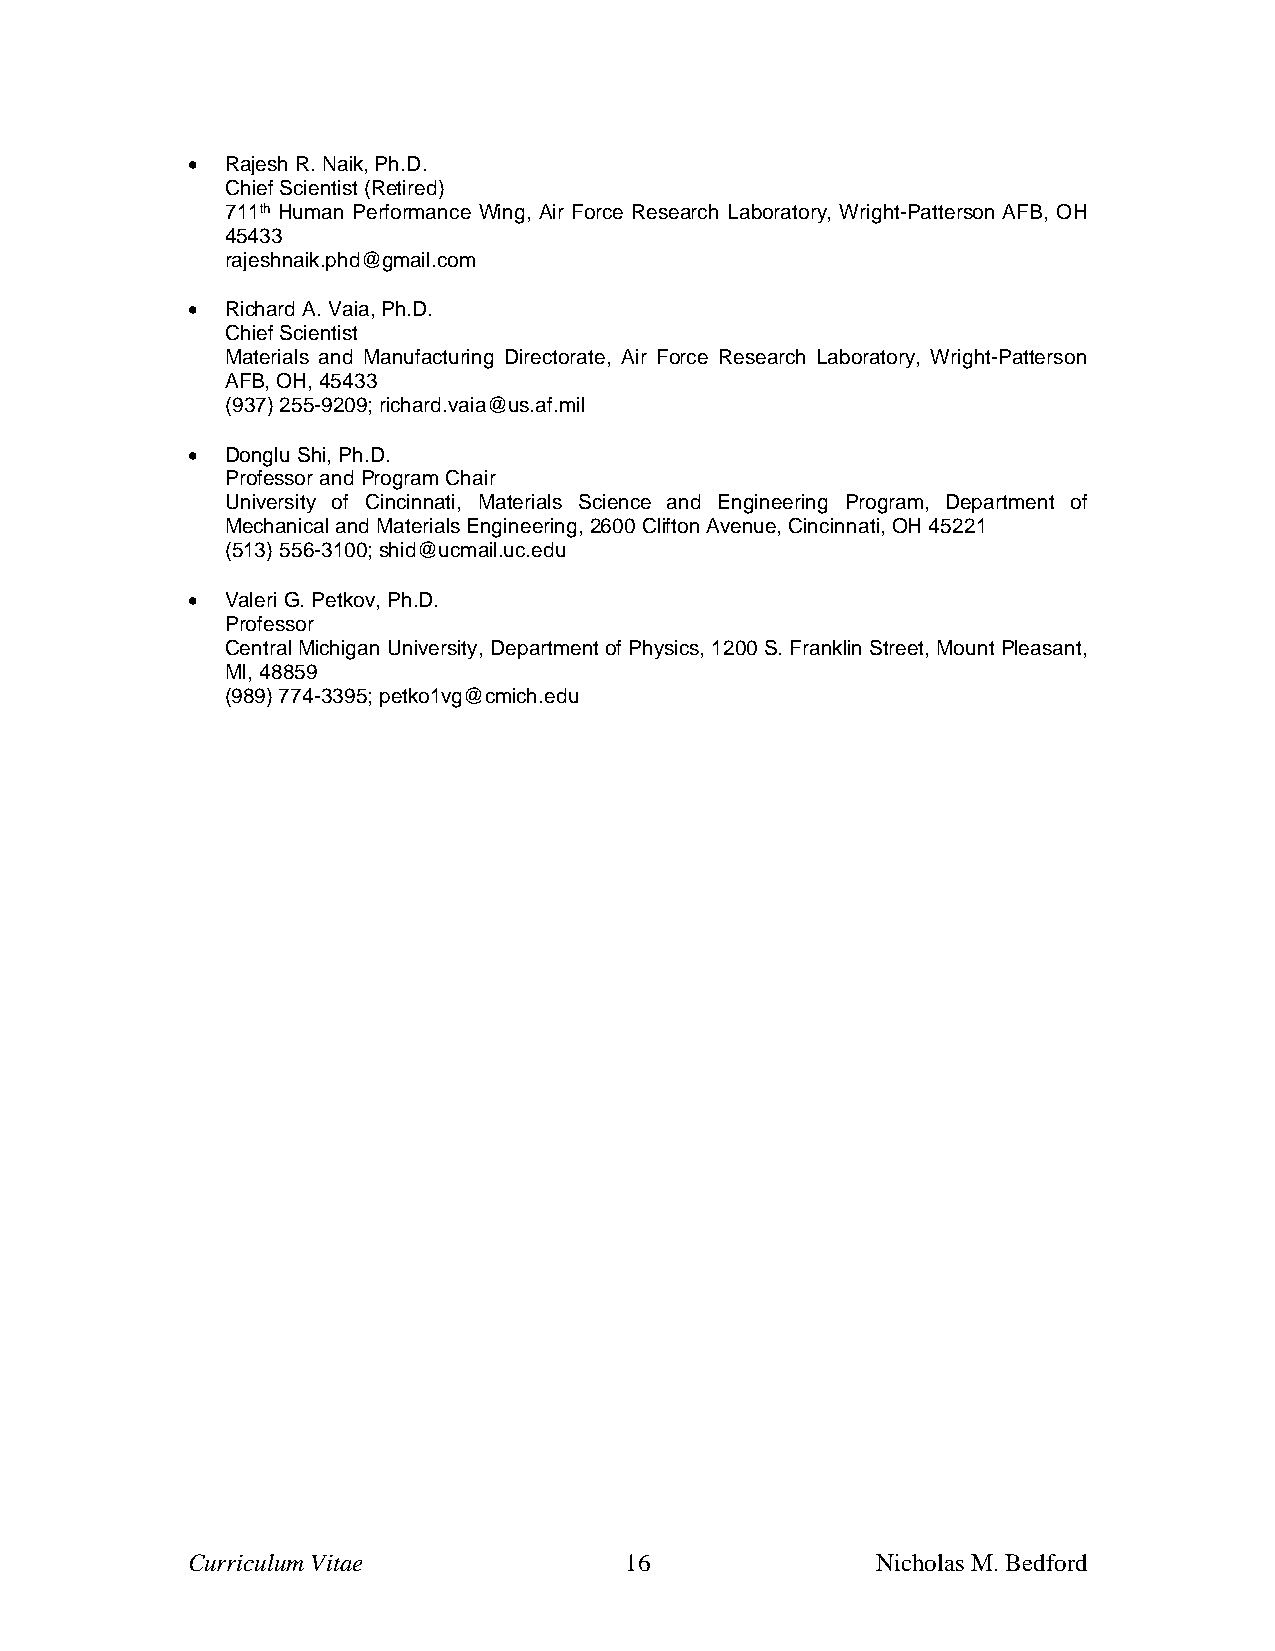
•  Rajesh R. Naik, Ph.D.
 Chief Scientist (Retired)
 711th Human Performance Wing, Air Force Research Laboratory, Wright-Patterson AFB, OH
 45433
 rajeshnaik.phd@gmail.com
 •  Richard A. Vaia, Ph.D.
 Chief Scientist
 Materials and Manufacturing Directorate, Air Force Research Laboratory, Wright-Patterson
 AFB, OH, 45433
 (937) 255-9209; richard.vaia@us.af.mil
 •  Donglu Shi, Ph.D.
 Professor and Program Chair
 University of Cincinnati, Materials Science and Engineering Program, Department of
 Mechanical and Materials Engineering, 2600 Clifton Avenue, Cincinnati, OH 45221
 (513) 556-3100; shid@ucmail.uc.edu
 •  Valeri G. Petkov, Ph.D.
 Professor
 Central Michigan University, Department of Physics, 1200 S. Franklin Street, Mount Pleasant,
 MI, 48859
 (989) 774-3395; petko1vg@cmich.edu
 Curriculum Vitae             16               Nicholas M. Bedford